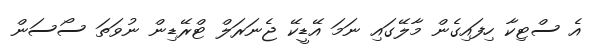
އެ ސްޓިކާ ހިފައިގެން މާލޭގައި ނަމަ އޭޑީކޭ ޖެނަރަލް ޓްރޭޑިން ނުވަތަ ސޯސަން